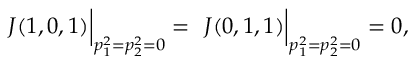
\left. \frac { } { } J ( 1 , 0 , 1 ) \right| _ { p _ { 1 } ^ { 2 } = p _ { 2 } ^ { 2 } = 0 } = \left. \frac { } { } J ( 0 , 1 , 1 ) \right| _ { p _ { 1 } ^ { 2 } = p _ { 2 } ^ { 2 } = 0 } = 0 ,